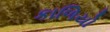
કાળિયો